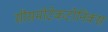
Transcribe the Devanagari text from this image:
सीसमोटेकटोनिक्‍स